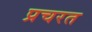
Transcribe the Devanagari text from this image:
प्रचरत